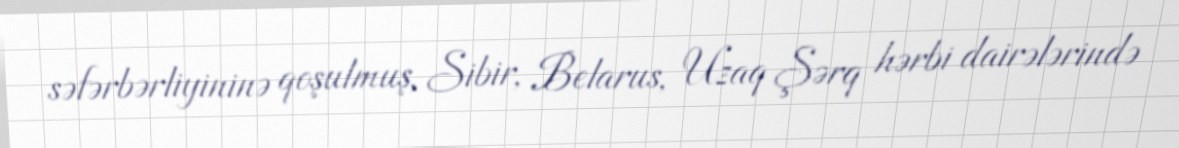
səfərbərliyininə qoşulmuş, Sibir, Belarus, Uzaq Şərq hərbi dairələrində